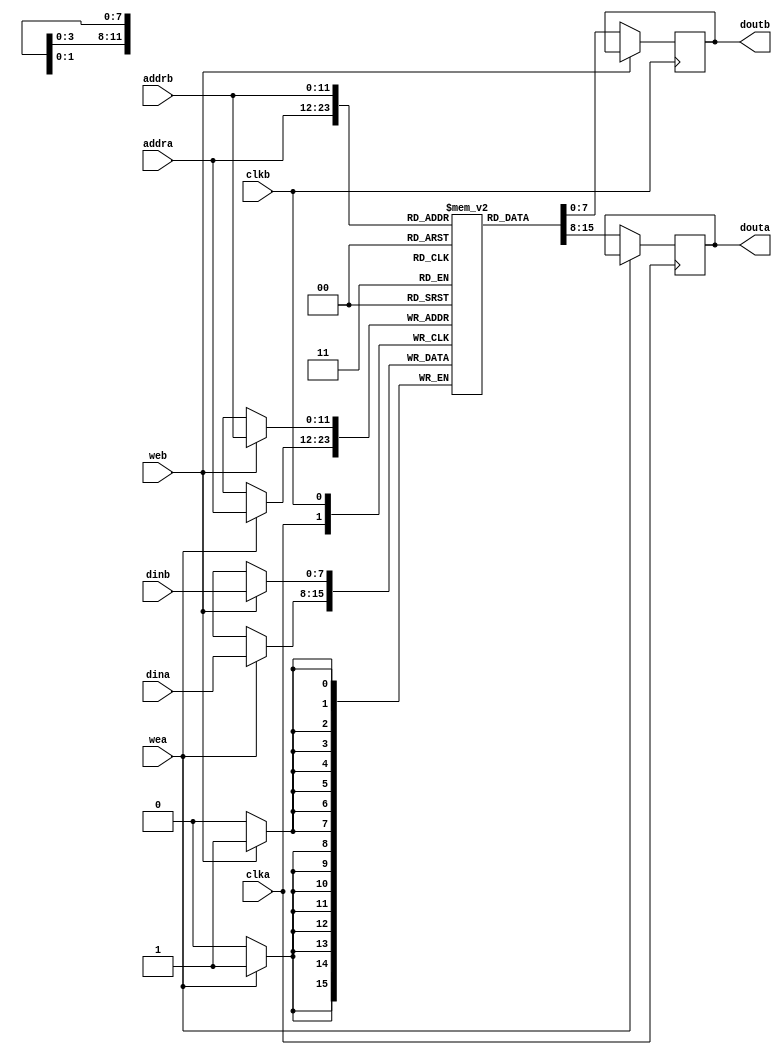
// This program was cloned from: https://github.com/Modos-Labs/Caster
// License: CERN Open Hardware Licence Version 2 - Permissive

// Copyright Wenting Zhang 2024
//
// This source describes Open Hardware and is licensed under the CERN-OHL-P v2
//
// You may redistribute and modify this documentation and make products using
// it under the terms of the CERN-OHL-P v2 (https:/cern.ch/cern-ohl). This
// documentation is distributed WITHOUT ANY EXPRESS OR IMPLIED WARRANTY,
// INCLUDING OF MERCHANTABILITY, SATISFACTORY QUALITY AND FITNESS FOR A
// PARTICULAR PURPOSE. Please see the CERN-OHL-P v2 for applicable conditions
//
// bramdp.v
// Generic dual port RAM, could be replaced with device specific implementation.
`timescale 1ns / 1ps
`default_nettype none
module bramdp #(
    parameter ABITS = 12,
    parameter DBITS = 8,
    parameter INITIALIZE = 0,
    parameter INIT_FILE = ""
) (
    input wire clka,
    input wire wea,
    input wire [ABITS-1:0] addra,
    input wire [DBITS-1:0] dina,
    output reg [DBITS-1:0] douta,
    input wire clkb,
    input wire web,
    input wire [ABITS-1:0] addrb,
    input wire [DBITS-1:0] dinb,
    output reg [DBITS-1:0] doutb
);

    localparam DEPTH = 1 << ABITS;
    reg [DBITS-1:0] mem [0:DEPTH-1];

    always @(posedge clka) begin
        if (wea)
            mem[addra] <= dina;
        else
            douta <= mem[addra];
    end

    always @(posedge clkb) begin
        if (web)
            mem[addrb] <= dinb;
        else
            doutb <= mem[addrb];
    end

    generate
        if (INITIALIZE == 1) begin: gen_bram_init
            initial begin
                $readmemh(INIT_FILE, mem);
            end
        end
    endgenerate

endmodule